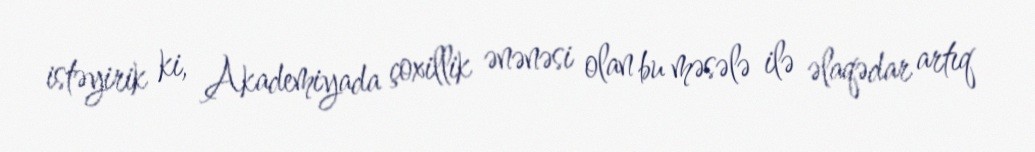
istəyirik ki, Akademiyada çoxillik ənənəsi olan bu məsələ ilə əlaqədar artıq